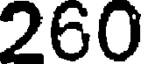
260